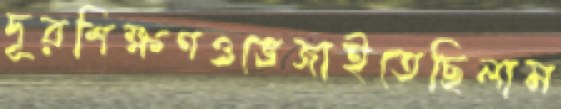
দূরশিক্ষণওভেজাইতেছিলাম